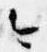
今